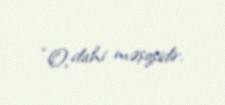
“O, dahi məşqşidir.